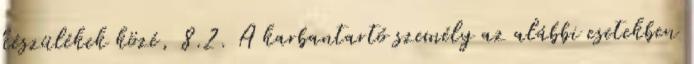
készülékek közé, 8.2. A karbantartó személy az alábbi esetekben